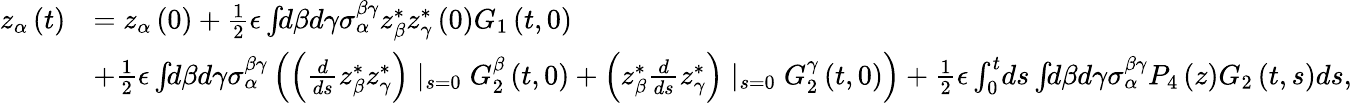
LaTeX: \begin{array}{rl}{z_{\alpha}\left(t\right)}&{=z_{\alpha}\left(0\right)+\frac{1}{2}\epsilon\int\! \! d\beta d\gamma\sigma_{\alpha}^{\beta\gamma}z_{\beta}^{*}z_{\gamma}^{*}\left(0\right)G_{1}\left(t,0\right)}\\ &{+\frac{1}{2}\epsilon\int\! \! d\beta d\gamma\sigma_{\alpha}^{\beta\gamma}\left(\left(\frac{d}{ds}z_{\beta}^{*}z_{\gamma}^{*}\right)\mid_{s=0}G_{2}^{\beta}\left(t,0\right)+\left(z_{\beta}^{*}\frac{d}{ds}z_{\gamma}^{*}\right)\mid_{s=0}G_{2}^{\gamma}\left(t,0\right)\right)+\frac{1}{2}\epsilon\int_{0}^{t}\! ds\int\! \! d\beta d\gamma\sigma_{\alpha}^{\beta\gamma}P_{4}\left(z\right)G_{2}\left(t,s\right)ds,}\end{array}